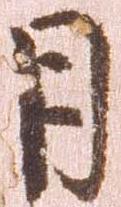
月